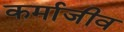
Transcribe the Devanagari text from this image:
कर्माजीव